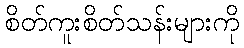
စိတ်ကူးစိတ်သန်းများကို